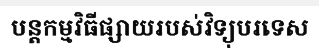
បន្តកម្មវិធីផ្សាយរបស់វិទ្យុបរទេស